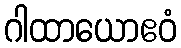
ဂါထာယောဧဝံ